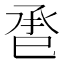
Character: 𢀾